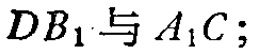
$DB_{1}与A_{1}C;$